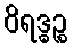
ဝိရဒ္ဓဉ္စ